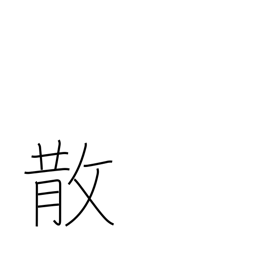
Meaning: scatter